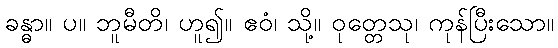
ခန္ဓာ။ ပ။ ဘူမီတိ၊ ဟူ၍။ ဧဝံ၊ သို့။ ဝုတ္တေသု၊ ကုန်ပြီးသော။